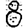
Digit: 8